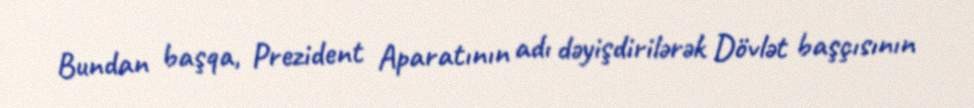
Bundan başqa, Prezident Aparatının adı dəyişdirilərək Dövlət başçısının